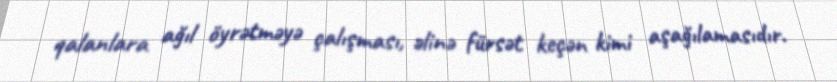
qalanlara ağıl öyrətməyə çalışması, əlinə fürsət keçən kimi aşağılamasıdır.